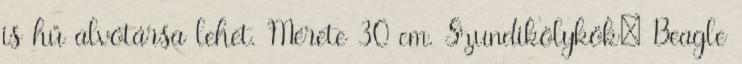
is hű alvótársa lehet. Mérete 30 cm. Szundikölykök: Beagle